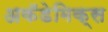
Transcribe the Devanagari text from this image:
अकॅडेमिक्स